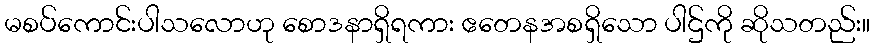
မစပ်ကောင်းပါသလောဟု စောဒနာရှိရကား ဧတေနအစရှိသော ပါဌ်ကို ဆိုသတည်း။